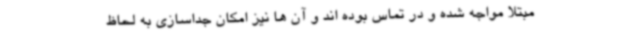
مبتلا مواجه شده و در تماس بوده اند و آن ها نیز امکان جداسازی به لحاظ